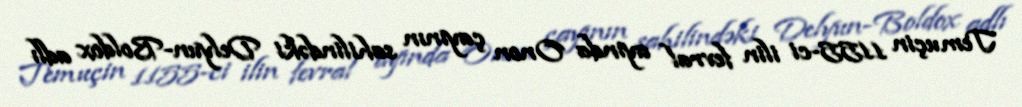
Temuçin 1155-ci ilin fevral ayında Onon çayının sahilindəki Delyun-Boldox adlı